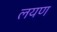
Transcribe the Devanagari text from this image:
लयण